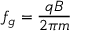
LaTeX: f _ { g } = { \frac { q B } { 2 \pi m } }